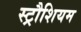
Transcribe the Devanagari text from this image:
स्ट्रौशियम